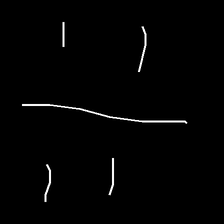
Glyph: cool